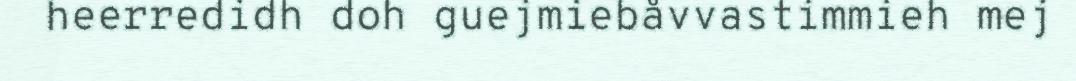
heerredidh doh guejmiebåvvastimmieh mej